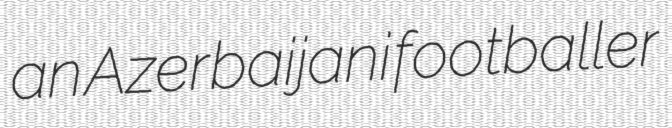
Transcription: an Azerbaijani footballer